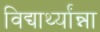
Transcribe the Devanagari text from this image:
विद्यार्थ्यांन्ना